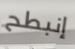
إنبطح